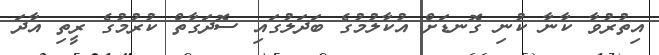
އިތުރުވާ ކާނާ ކުނި ގޮނޑަށް އުކާލުމުގެ ބަދަލުގައި ސޮދަގާތް ކުރުމުގެ ރީތި އާދަ